Vaccination North-Western Provinces and Oudh 1878-1895 - 1878-1895
Year: 1878
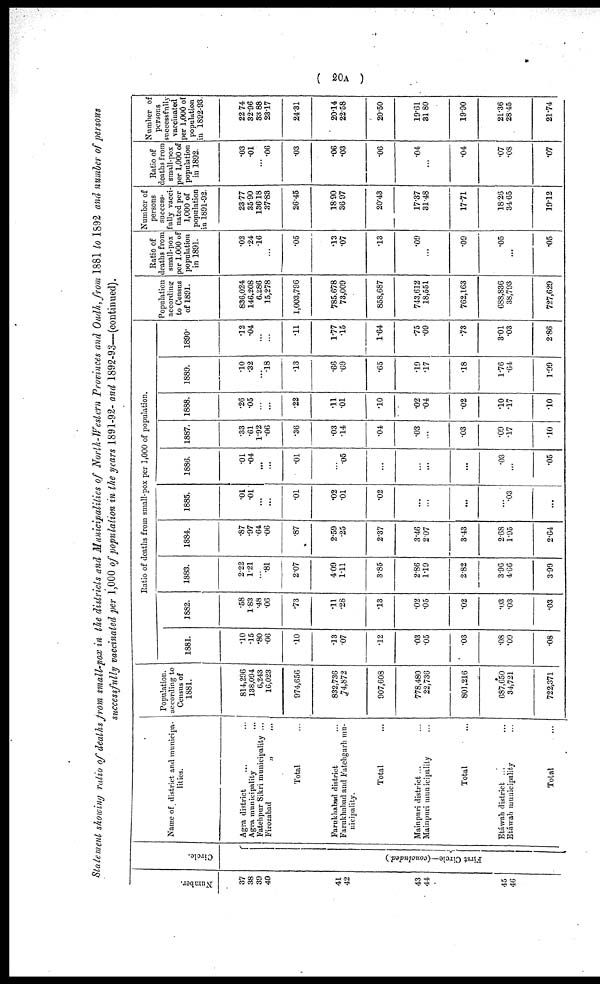
( 20A )
Statement showing ratio of deaths from small-pox in the districts and Municipalities of North-Western Provinces and Oudh, from 1881 to 1892 and number of persons
successfully vaccinated per 1,000 of population in the years 1891-92- and 1892-93—(continued).
Number.
37
38
39
40
41
42
43
44
45
46
Circle.
First Circle—(concluded.)
Name of district and municipa-
lities.
Agra district ... ...
Agra municipality ...
Fatehpur Sikri municipality ...
Firozabad
„ ...
Total ...
Farukhabad district ...
Farukhabad and Fatehgarh mu-
nicipality.
Total ...
Mainpuri district ... ...
Mainpuri municipality ...
Total ...
Etáwah district ... ...
Etáwah municipality ...
Total ...
Population.
according to
Census of
1881.
814,296
138,094
6,243
16,023
974,656
832,736
74,872
907,608
778,480
22,736
801 ,216
687,650
34,721
722,371
Ratio of deaths from small-pox per 1,000 of population.
1881.
.10
.15
.80
.06
.10
.13
.07
.12
.03
.05
.03
.08
.09
.08
1882.
.58
1.83
.48
.06
.73
.11
.28
.13
.02
.05
.02
.03
.03
.03
1883.
2.22
1.21
...
.81
2.07
4.09
1.11
3.85
2.86
1.19
2.82
3.96
4.66
3.99
1884.
.87
.97
.64
.06
.87
2.59
.25
2.37
3.46
2.07
3.43
2.68
1.95
2.64
1885.
.01
.01
...
...
.01
.02
.01
.02
...
...
...
...
.03
...
1886.
.01
.04
...
...
.01
...
.05
...
...
...
...
.03
...
.05
1887.
.33
.61
1.92
.06
.36
.03
.14
.04
.03
...
.03
.09
.17
.10
1888.
.26
.05
...
...
.22
.11
.01
.10
.02
.04
.02
.10
.17
.10
1889.
.10
.32
...
.18
.13
.66
.69
.65
.19
.17
.18
1.76
.64
1.99
1890.
.12
.4
...
...
.11
1.77
.15
1.64
.75
.09
.73
3.01
.03
2.86
Population
according
to Census
of 1891.
836,024
146,208
6,286
15,278
1,003,796
785,678
73,009
858,687
743,612
18,551
762,163
688,836
38,793
727,629
Ratio of
deaths from
small-pox
per 1,000 of
population
in 1891.
.02
.24
.16
...
.05
.13
.07
.13
.09
...
.09
.05
...
.05
Number of
persons
success-
fully vacci-
nated per
1,000 of
population
in 1891-92.
23.77
35.90
136.18
37.83
26.45
18.90
36.97
20.43
17.37
31.48
17.71
18.26
34.65
19.12
Ratio of
deaths from
small-pox
per 1,000 of
population
in 1892.
.03
.01
...
.06
.03
.06
.03
.06
.04
...
.04
.07
.08
.07
Number of
persons
successfully
vaccinated
per 1,000 of
population
in 1892-93.
22.74
32.96
33.88
23.17
24.31
20.14
22.58
20.50
19.61
31.80
19.90
21.36
28.45
21.74